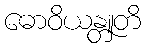
ဓောဝိယန္တူတိ